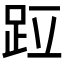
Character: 𫏁